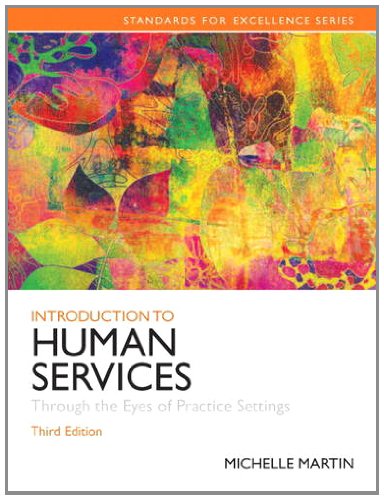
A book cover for Introduction to Human Services: Through the Eyes of Practice Settings (3rd Edition) (Standards for Excellence); Michelle E. Martin; Politics & Social Sciences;